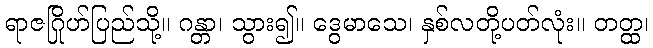
ရာဇဂြိုဟ်ပြည်သို့။ ဂန္တာ၊ သွား၍။ ဒွေမာသေ၊ နှစ်လတို့ပတ်လုံး။ တတ္ထ၊